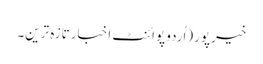
خیرپور (اُردو پوائنٹ اخبارتازہ ترین۔